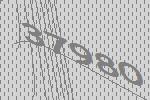
37980